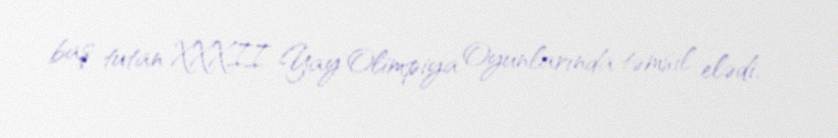
baş tutan XXXII Yay Olimpiya Oyunlarında təmsil elədi.